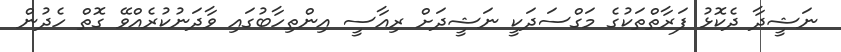
ނަޝީދާ ދެކޮޅު ފަރާތްތަކުގެ މަގްސަދަކީ ނަޝީދަށް ރިއާސީ އިންތިހާބުގައި ވާދަނުކުރެއްވޭ ގޮތް ހެދުން